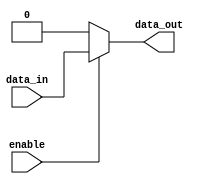
module buffer_with_enable (
    input wire data_in,
    input wire enable,
    output reg data_out
);

always @(*) begin
    if (enable) begin
        data_out = data_in;
    end else begin
        data_out = 1'b0; // Output held at 0 when enable is low
    end
end

endmodule